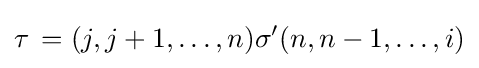
\tau \,=(j,j+1,\ldots ,n)\sigma '(n,n-1,\ldots ,i)